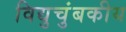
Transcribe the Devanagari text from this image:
विद्युचुंबकीय